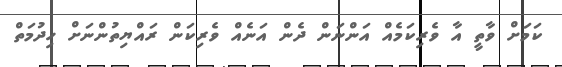
ކަމަށް ވާތީ އާ ވެރިކަމެއް އަންނަން ދެން އަނެއް ވެރިކަން ރައްޔިތުންނަށް ހިދުމަތް